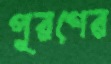
পূরণের